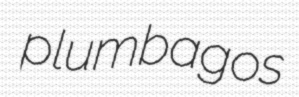
plumbagos